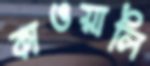
কাওয়ালি